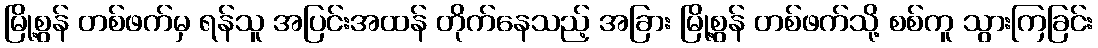
မြို့စွန် တစ်ဖက်မှ ရန်သူ အပြင်းအထန် တိုက်နေသည့် အခြား မြို့စွန် တစ်ဖက်သို့ စစ်ကူ သွားကြခြင်း